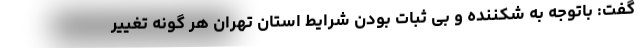
گفت: باتوجه به شکننده و بی ثبات بودن شرایط استان تهران هر گونه تغییر